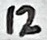
Text: 12